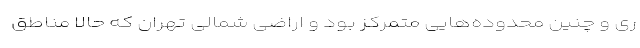
ری و چنین محدوده‌هایی متمرکز بود و اراضی شمالی تهران که حالا مناطق